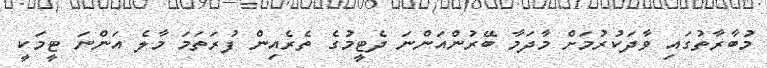
މުބާރާތުގައި ވާދަކުރުމަށް މާދަމާ ބޭރުންއަންނަ ދެޓީމުގެ ތެރެއިން ފުރަތަމަ މާލެ އަންނަ ޓީމަކީ